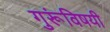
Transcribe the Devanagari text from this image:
गुरूंविषयी